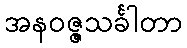
အနဝဇ္ဇသင်္ခါတာ